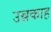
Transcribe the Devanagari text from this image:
उन्नकाह